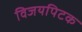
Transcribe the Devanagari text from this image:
विजयपिटक